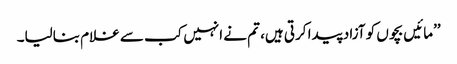
’’مائیں بچوں کو آزاد پیدا کرتی ہیں، تم نے انہیں کب سے غلام بنالیا۔